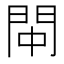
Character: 𫔚